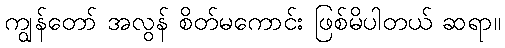
ကျွန်တော် အလွန် စိတ်မကောင်း ဖြစ်မိပါတယ် ဆရာ။